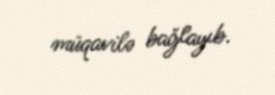
müqavilə bağlayıb.